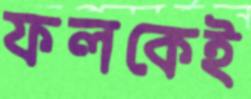
ফলকেই